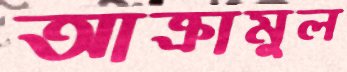
আক্রামুল